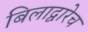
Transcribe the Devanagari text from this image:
बिलाद्वारेच